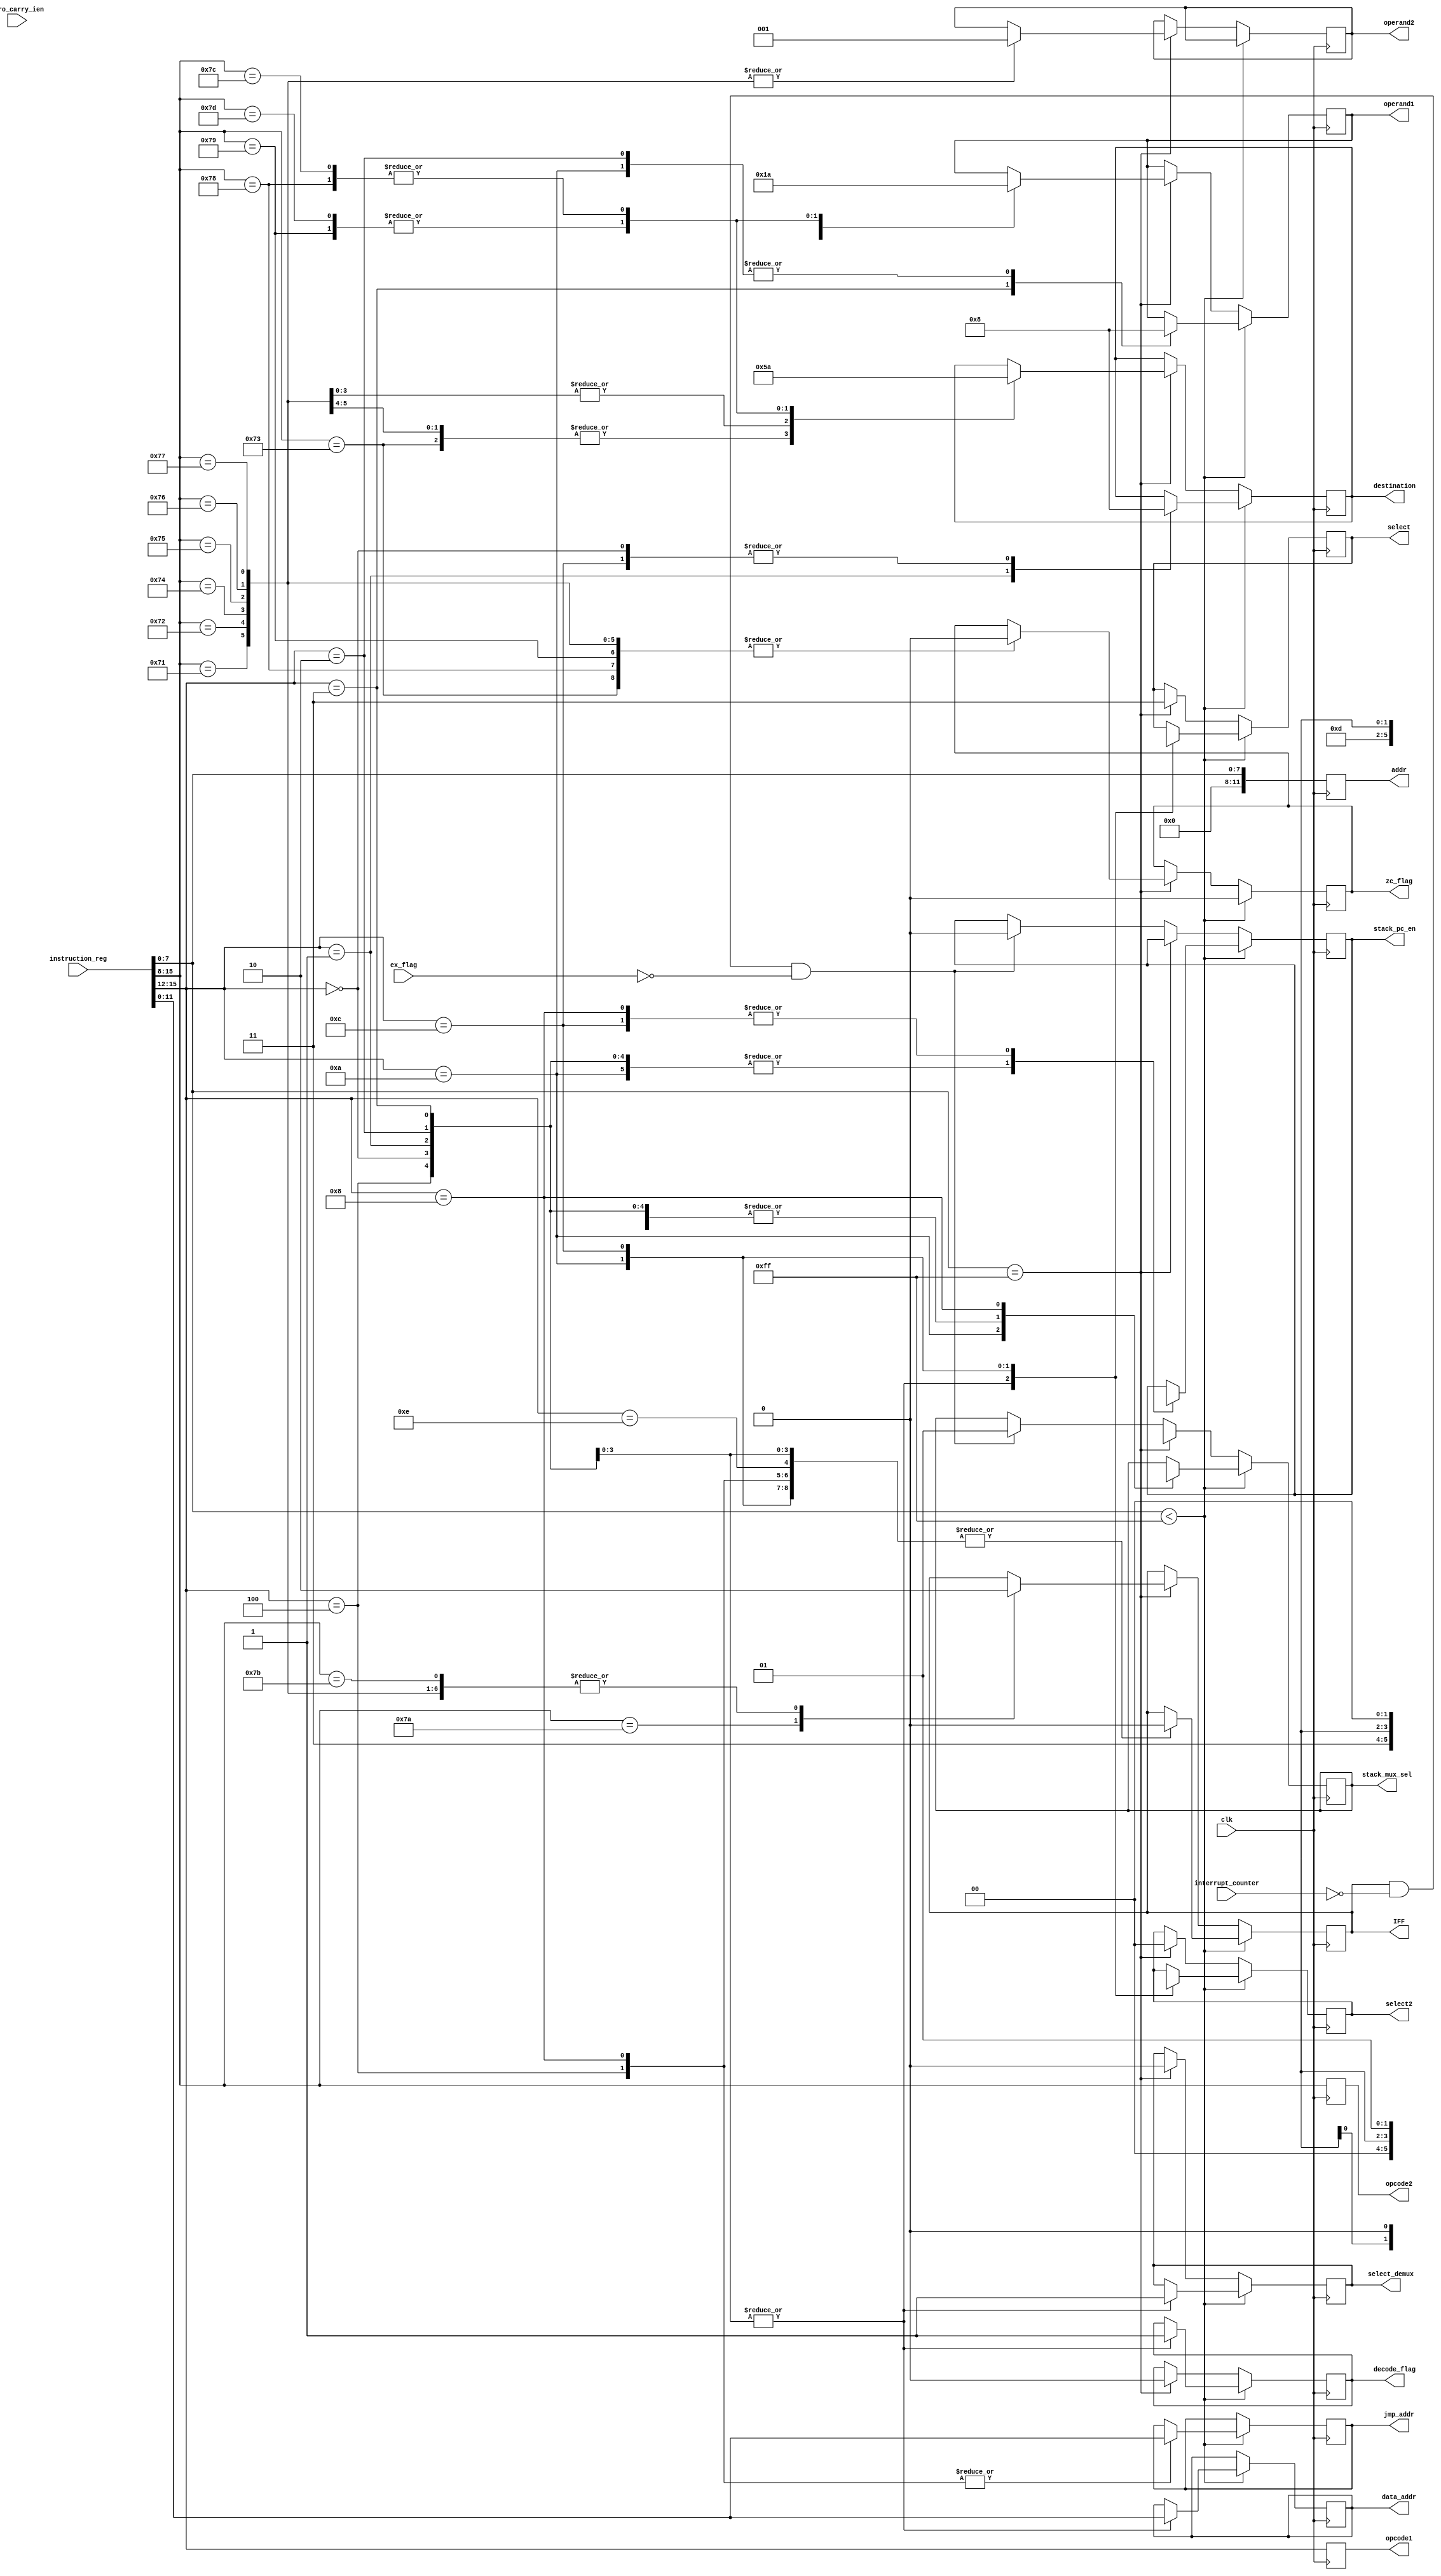
`timescale 1ns / 1ps
//////////////////////////////////////////////////////////////////////////////////
// Company: 
// Engineer: 
// 
// Design Name: 
// Module Name:    A5_INST_DECODE 
// Project Name: 
// Target Devices: 
// Tool versions: 
// Description: 
//
// Dependencies: 
//
// Revision: 
// Revision 0.01 - File Created
// Additional Comments: 
//
//////////////////////////////////////////////////////////////////////////////////
//`include"/home/eng/a/avb150230/Assignment5_Reconfig/definition.v"

module A5_INST_DECODE(zero_carry_ien,instruction_reg,clk,operand1,operand2,destination,data_addr,
opcode2, decode_flag,select,select2,select_demux,addr,opcode1,jmp_addr,stack_mux_sel,stack_pc_en, zc_flag, IFF,
interrupt_counter,ex_flag
 );

input [15:0] zero_carry_ien;
input [15:0]instruction_reg;
input clk;
output reg IFF;
input [2:0] interrupt_counter;
input ex_flag;

output reg[2:0]operand1;
output reg[2:0]operand2;
output reg [2:0] destination;
output reg [11:0] data_addr;
output reg decode_flag;
output reg select_demux;
output reg [1:0] select2;
output reg [1:0] select;
output reg [1:0] stack_mux_sel;

output reg [11:0]jmp_addr;
//reg [3:0]opcode1;
output reg [7:0]opcode2;
//reg [11:0]addr;

output reg [11:0]addr;
output reg [3:0]opcode1;

output reg stack_pc_en;
output reg zc_flag;
//output reg IFF;

always @(posedge clk)
begin
opcode1 = instruction_reg[15:12];
opcode2 = instruction_reg[15:8];

addr = instruction_reg[7:0];
	if(addr < 8'b11111111)
	begin
		zc_flag = 0;
		case(opcode1)
			4'b0000 : begin
							decode_flag = 1;
							select=0;  
							select2=2'b11; //data_input to data memory
							select_demux = 1; //data address
							stack_mux_sel=2'bxx; //stack operation does not matter
							stack_pc_en=1'bx;
							destination = 3'b000 ;
							IFF=1'b0;
							data_addr = instruction_reg[11:0];
						 end

			4'b0001 : begin
							decode_flag = 1;
							select=0;
							select2=2'b11;
							select_demux = 1;
							stack_mux_sel=2'bxx;
							stack_pc_en=1'bx;
							destination = 3'b001 ;
							IFF=1'b0;
							data_addr = instruction_reg[11:0];
						 end
						 
			4'b0010 : begin
							decode_flag = 1;
							select=0;
							select2=2'b11;
							select_demux = 1;
							stack_mux_sel=2'bxx;
							stack_pc_en=1'bx;
							operand1 = 3'b000;
							IFF=1'b0;
							data_addr = instruction_reg[11:0];
	    				 end     
						 
			4'b0011 : begin
							decode_flag = 1;
							select=0;
							select2=2'b11;
							select_demux = 1;
							stack_mux_sel=2'bxx;
							stack_pc_en=1'bx;
							operand1 = 3'b001;
							IFF=1'b0;
						   data_addr = instruction_reg[11:0];
						 end
						 
			4'b1010 : begin //PUSHA
							select2=2'b01;
							select=2'bxx;
							stack_mux_sel=2'b11;
							stack_pc_en=1'bx;
							operand1 = 3'b000;
							IFF=1'b0;
						   //data_addr = instruction_reg[11:0];
						 end
						 
						 
			4'b1100 : begin //POPA
							select=2'b01;
							select2=2'bxx;
							stack_mux_sel=2'bxx;
							destination = 3'b000;
							stack_pc_en=0;
							IFF=1'b0;
						   //data_addr = instruction_reg[11:0];
						 end
						 
			4'b0100 : begin //JMP
							stack_mux_sel=2'bxx;
							stack_pc_en=1'bx;
							jmp_addr=instruction_reg[11:0];
							IFF=1'b0;
						   //data_addr = instruction_reg[11:0];
						 end
						 
			4'b1000 : begin //JSR
							stack_mux_sel=2'b00;
							jmp_addr=instruction_reg[11:0];
							stack_pc_en=1'b0;
							IFF=1'b0;
						   //data_addr = instruction_reg[11:0];
						 end
						 
			4'b1110 : begin //RET
						    //stack_pc_en=1'b1;
							IFF=1'b0;
						   //data_addr = instruction_reg[11:0];
						 end
						 
            
		endcase
	end


	else if (addr == 8'b11111111)
	begin
			decode_flag = 0;
			select=2'b11;
		   select2=2'b00;
		   select_demux = 0;
			stack_mux_sel=2'bxx;
			
			case (opcode2)
					8'b01110001 : //add
					begin
						operand1 = 3'b000;
						operand2 = 3'b001;
                        destination = 3'b000;
						zc_flag = 0;
				        IFF=1'b0;
               end
					
					8'b01110010 : //and
					begin
						operand1 = 3'b000;
						operand2 = 3'b001;
                        destination = 3'b000;
						zc_flag = 0;
						IFF=1'b0;
               end
					
					8'b01110011 : //cla
					begin
						operand1 = 3'b000;
                        destination = 3'b000;
						zc_flag = 0;
						IFF=1'b0;
               end
					
					8'b01110100 ://CLB
					begin
						operand2 = 3'b001;
                        destination = 3'b001;
						zc_flag = 0;
						IFF=1'b0;
					end
					
					8'b01110101 : //CMB
					begin
						operand2 = 3'b001;
                        destination = 3'b001;
						zc_flag = 0;
						IFF=1'b0;
               end
					
					8'b01110110 : //INCB
					begin
						operand2 = 3'b001;
                        destination = 3'b001;
                        IFF=1'b0;
						zc_flag = 0;
               end
					
					8'b01110111 ://DECB
					begin
						operand2 = 3'b001;
                        destination = 3'b001;
						zc_flag = 0;
						IFF=1'b0;
               end
					
					8'b01111000 : //clc
					begin
						operand1 = 3'b010;
                        destination = 3'b010;
						zc_flag = 0;
						IFF=1'b0;
               end
					
					8'b01111001 : //clz
					begin
						operand1 = 3'b011;
                        destination = 3'b011;
						zc_flag = 0;
						IFF=1'b0;
               end
					
					8'b01111010 : //ion
					begin
						//operand1 = 3'b011;
                        //destination = 3'b011;
                        IFF=1'b1;
						//IFF=1;
               end
					
					8'b01111011 : //iof
					begin
						//operand1 = 3'b101;
                        //destination = 3'b101;
						//zc_flag = 0;
						IFF=1'b0;
               end
					
					8'b01111101 ://SZ
					begin
						operand1 = 3'b011;
                        destination = 3'b011;
                        IFF=1'b0;
					end

					8'b01111100 : //sc
					begin
						operand1 = 3'b010;
                        destination = 3'b010;
                  		IFF=1'b0;
					end
                  

			endcase
		
		end
	else if (IFF == 1 && interrupt_counter == 3'b000 && ex_flag == 0)
				begin
					stack_mux_sel = 2'b01;
					stack_pc_en = 2'b00;
				end 
end
endmodule